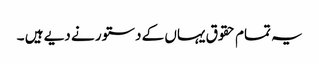
یہ تمام حقوق یہاں کے دستور نے دیے ہیں ۔